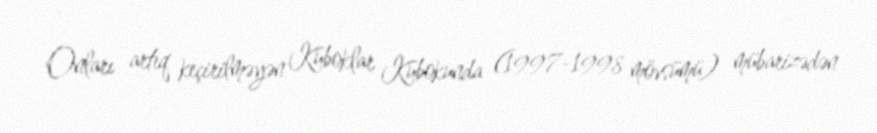
Onları artıq keçirilməyən Kuboklar Kubokunda (1997-1998 mövsümü) mübarizədən